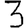
Digit: 3